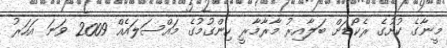
މީނާގެ ކުށުގެ ރެކޯޑަށް ބަލާއިރު މާރާމާރީ ހިންގުމުގެ މައްސަލައެއް 2009 ވަނަ އަހަރު